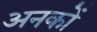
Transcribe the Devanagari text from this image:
अनकों